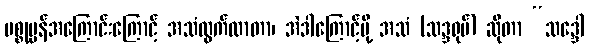
ပစ္စုပ္ပန်အကြောင်းကြောင့် အသံထွက်လာတာ၊ အဲဒါကြောင့်မို့ အသံ (သဒ္ဒရုပ်) ဆိုတာ “သဒ္ဒေါ